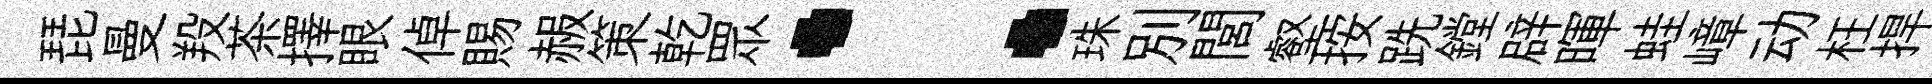
琵曼羖茶擇眼倬賜赧策乾眾：珠別閭壑按跣鏜辟暉蛙嶂动枉捍